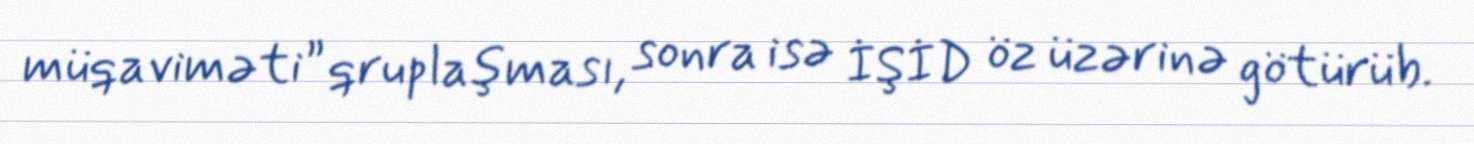
müqaviməti” qruplaşması, sonra isə İŞİD öz üzərinə götürüb.